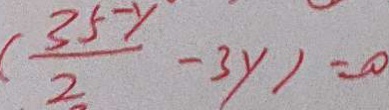
( \frac { 3 5 - y } { 2 } - 3 y ) = 0